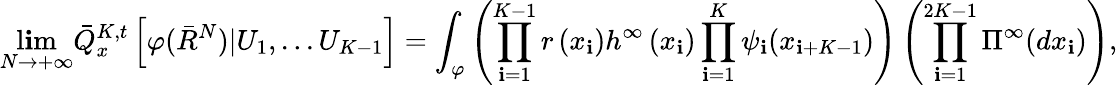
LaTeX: \operatorname*{l\mathbf{i}m}_{N\rightarrow+\infty}\bar{{Q}}_{x}^{K,t}\left[\varphi(\bar{{R}}^{N})|U_{1},...U_{K-1}\right]=\int_\varphi\left(\prod_{\mathbf{i}=1}^{K-1}r\left(x_{\mathbf{i}}\right)h^{\infty}\left(x_{\mathbf{i}}\right)\prod_{\mathbf{i}=1}^{K}\psi_{\mathbf{i}}(x_{\mathbf{i}+K-1})\right)\left(\prod_{\mathbf{i}=1}^{2K-1}\Pi^{\infty}(dx_{\mathbf{i}})\right),